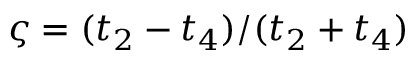
\varsigma = ( t _ { 2 } - t _ { 4 } ) / ( t _ { 2 } + t _ { 4 } )